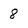
Character: 8